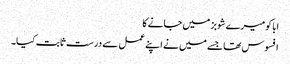
ابا کومیرے شوبز میں جانے کا
افسوس تھا جسے میں نے اپنے عمل سے درست ثابت کیا۔